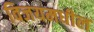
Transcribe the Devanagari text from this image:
विजयमधील